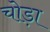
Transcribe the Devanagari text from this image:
चोड़ा